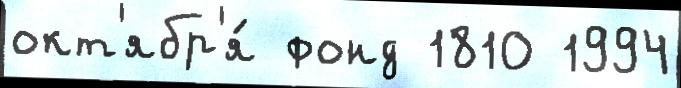
окт'ябр'я́ фонд 1810 1994